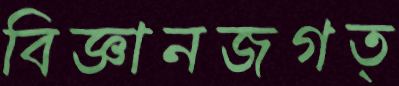
বিজ্ঞানজগত্